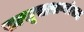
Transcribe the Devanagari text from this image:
सासूसासऱ्यांसह